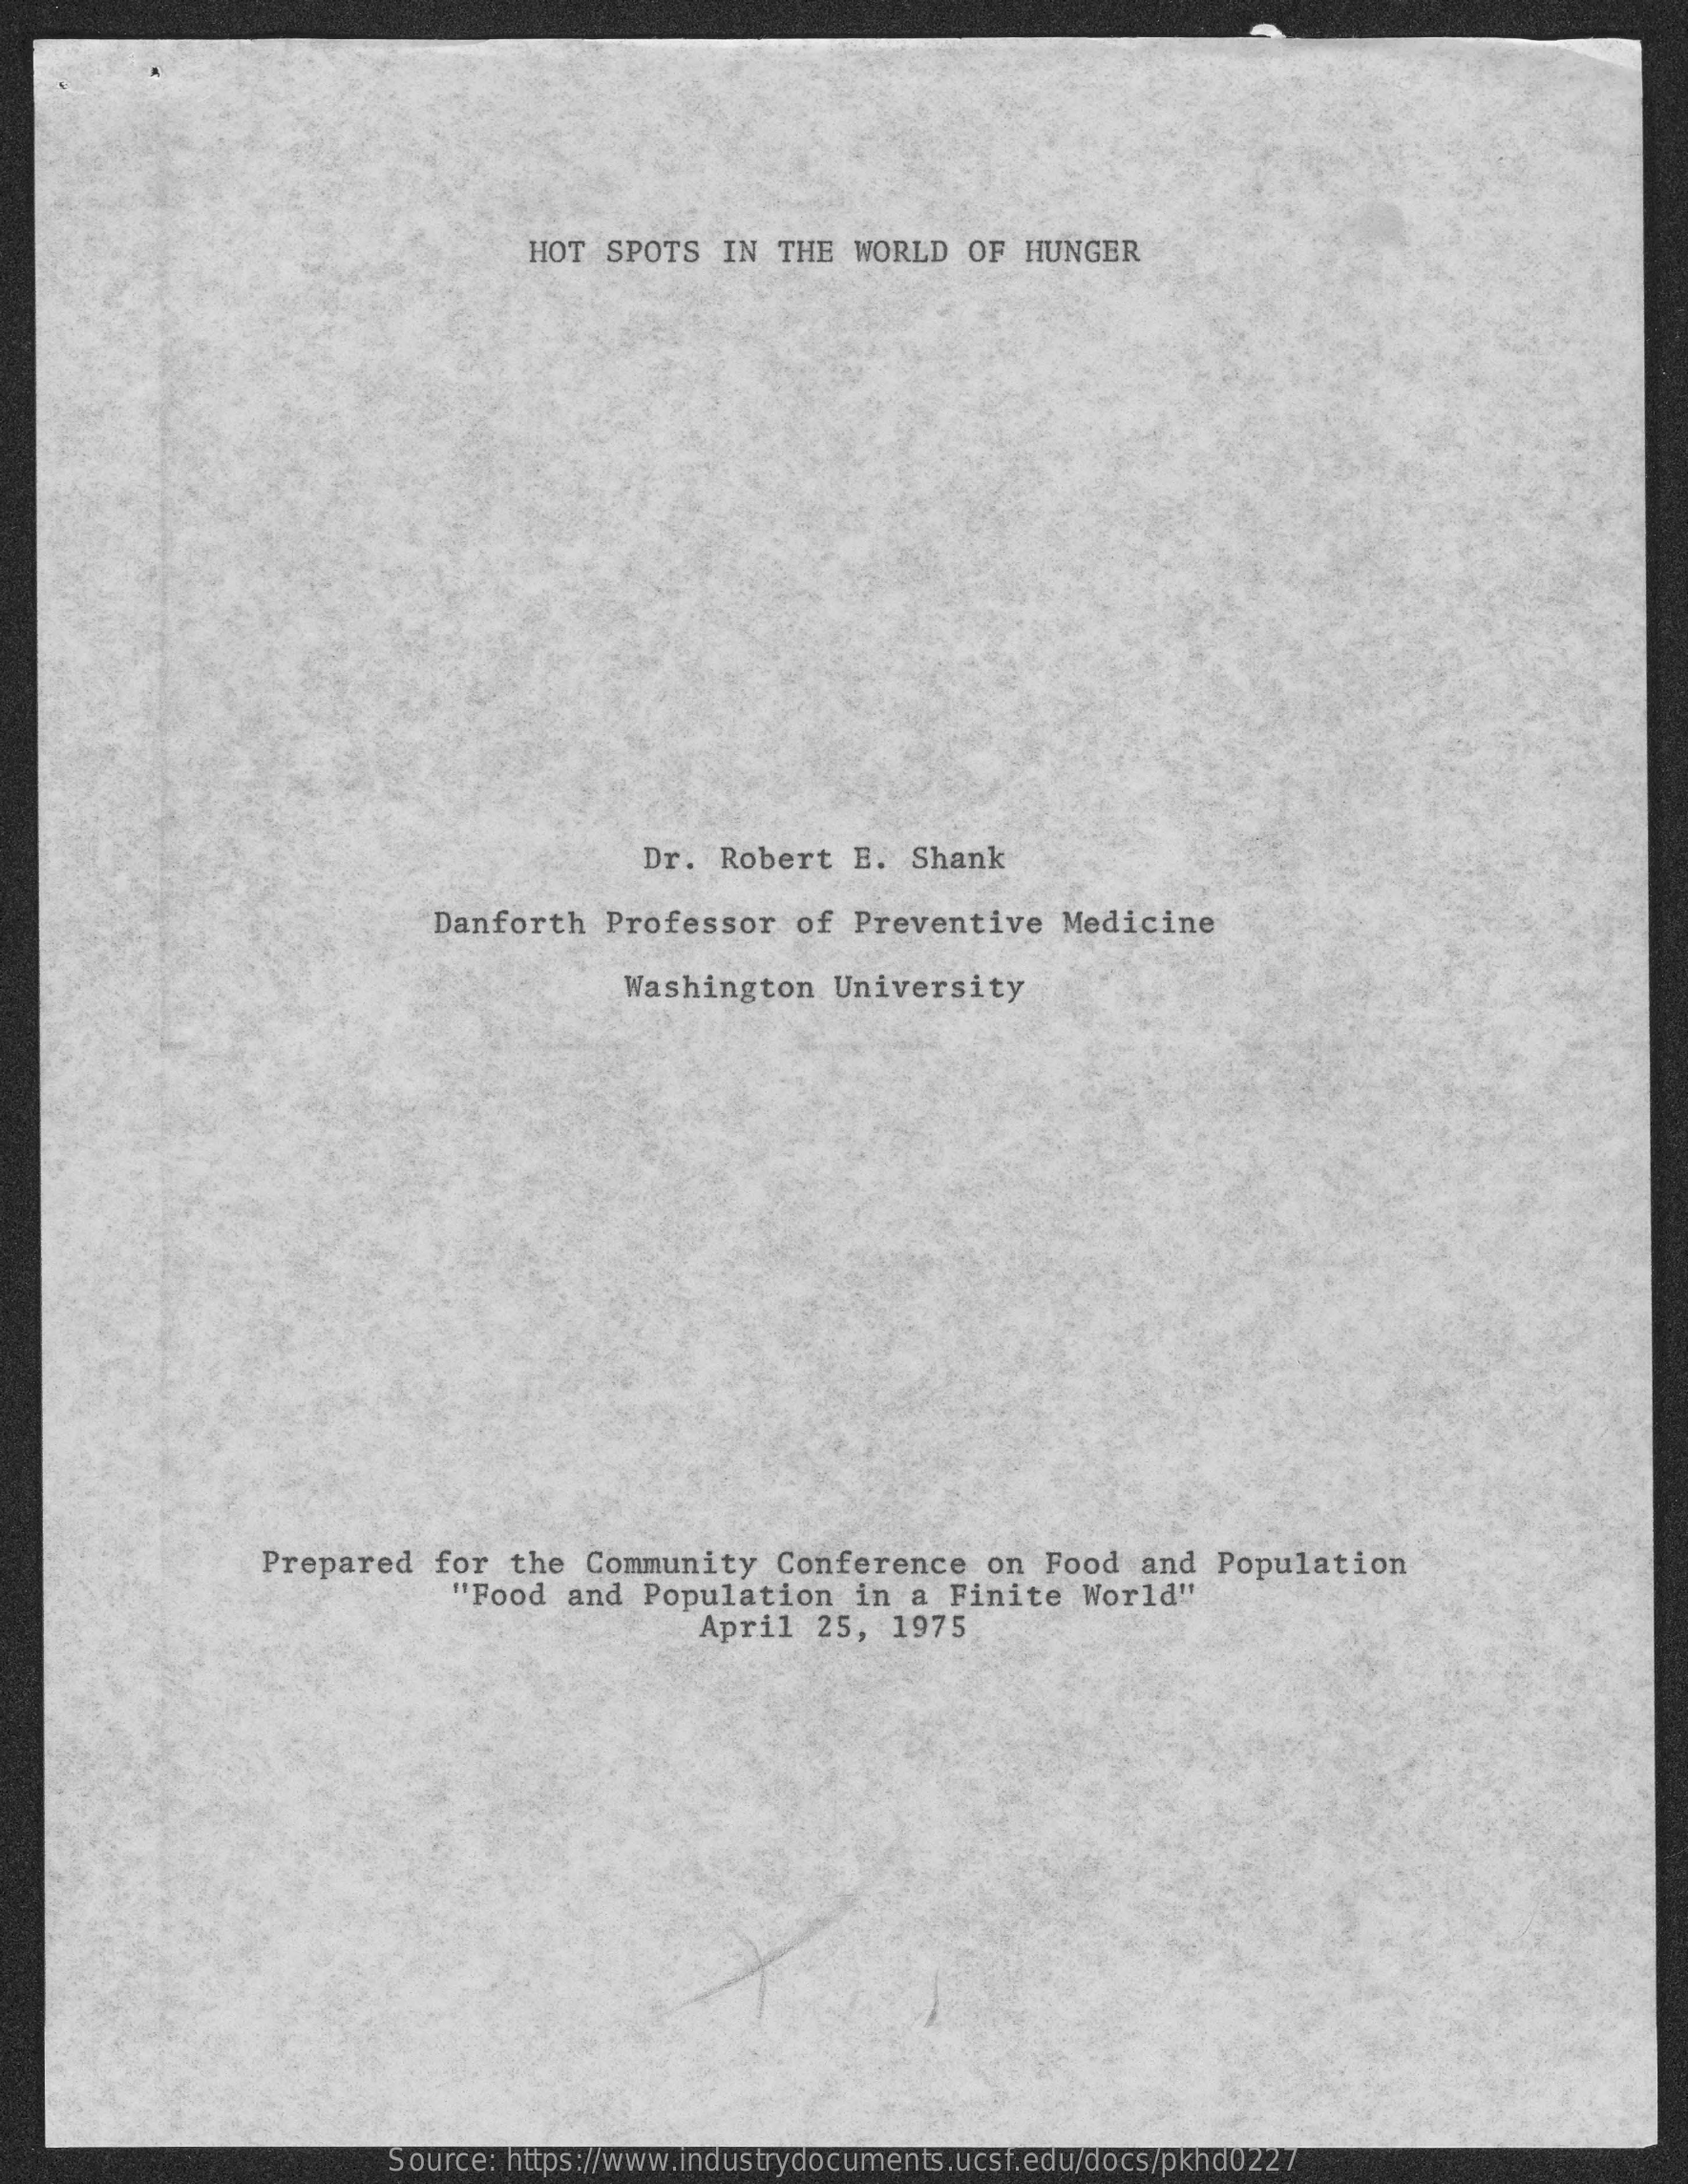
HOT SPOTS   IN THE  WORLD   OF HUNGER
     Dr.  Robert  E.  Shank
     Danforth   Professor   of  Preventive    Medicine
     Washington   University
     Prepared   for  the  Community   Conference    on  Food  and  Population
     "Food   and  Population   in  a  Finite  World"
     April   25,  1975
     Source: https://www.industrydocuments.ucsf.edu/docs/pkhd0227